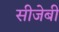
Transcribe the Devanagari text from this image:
सीजेबी